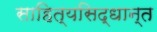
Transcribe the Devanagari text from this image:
साहित्यसिद्धान्त